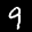
Label: 9